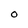
Character: 0